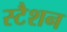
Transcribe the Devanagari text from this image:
स्टैशन